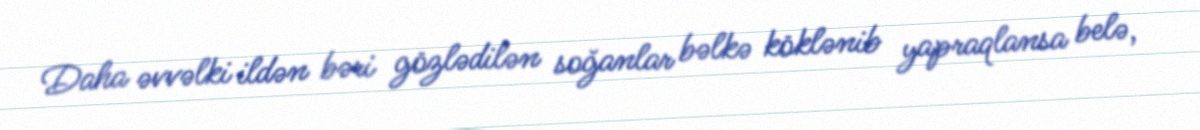
Daha əvvəlki ildən bəri gözlədilən soğanlar bəlkə köklənib yapraqlansa belə,